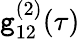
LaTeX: \mathtt{g}_{12}^{(2)}(\tau)